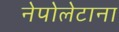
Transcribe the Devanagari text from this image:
नेपोलेटाना